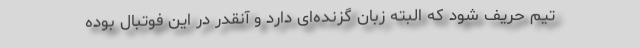
تیم حریف شود که البته زبان گزنده‌ای دارد و آنقدر در این فوتبال بوده